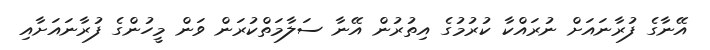
އޭނާގެ ފުރާނައަށް ނުރައްކާ ކުރުމުގެ އިތުރުން އޭނާ ސަލާމަތްކުރަން ވަން މީހުންގެ ފުރާނައަށާއި